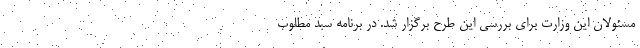
مسئولان این وزارت برای بررسی این طرح برگزار شد. در برنامه سبد مطلوب